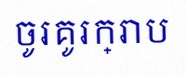
ចូរគូរក្រាប